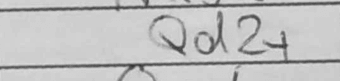
Transcription: Qd2+